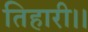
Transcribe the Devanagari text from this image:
तिहारी।।